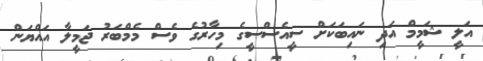
އަލީ ޝަމީމް އަދި ނައިބަކަށް ސީއެސްސީގެ މިހާރުގެ ވެސް މެމްބަރު ޖަމީލާ އައްޔަން